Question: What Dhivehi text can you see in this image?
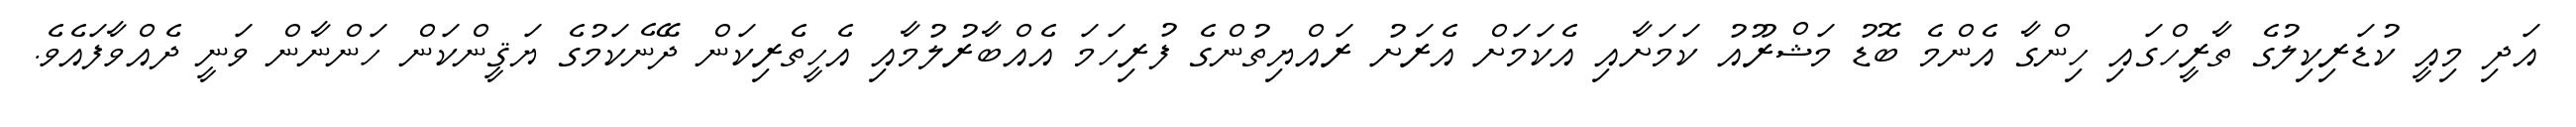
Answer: އަދި މިއީ ކުޑަރިކިލުގެ ތާރީހްގައި ހިންގާ އެންމެ ބޮޑު މަޝްރޫއު ކަމަށާއި އެކަމަށް އެރަށު ރައްޔިތުންގެ ފުރިހަމަ އެއްބާރުލުމާއި އެހީތެރިކަން ދޭނެކަމުގެ ޔަޤީންކަން ހަންނާން ވަނީ ދެއްވާފައެވެ.